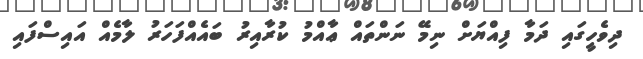
ދިވެހީގައި ދަމާ ފިއްޔަށް ނިމޭ ނަންތައް ޢާއްމު ކުރާއިރު ބައެއްފަހަރު ލާމެއް އައިސްފައި